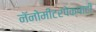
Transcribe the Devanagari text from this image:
नॅनोमीटरपेक्षाही